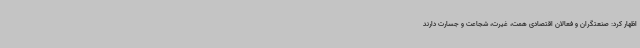
اظهار کرد: صنعتگران و فعالان اقتصادی همت، غیرت، شجاعت و جسارت دارند